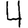
Digit: 4